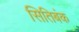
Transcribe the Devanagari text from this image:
सितिबंक